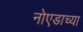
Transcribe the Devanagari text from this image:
नोएडाच्या